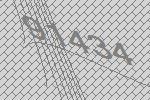
91434